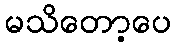
မသိတော့ပေ